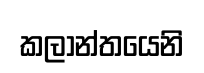
කලාන්තයෙනි